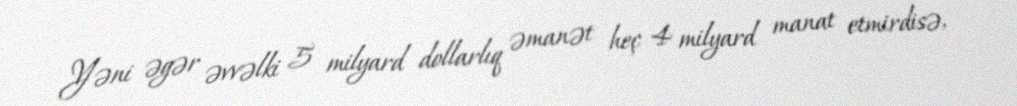
Yəni əgər əvvəlki 5 milyard dollarlıq əmanət heç 4 milyard manat etmirdisə,